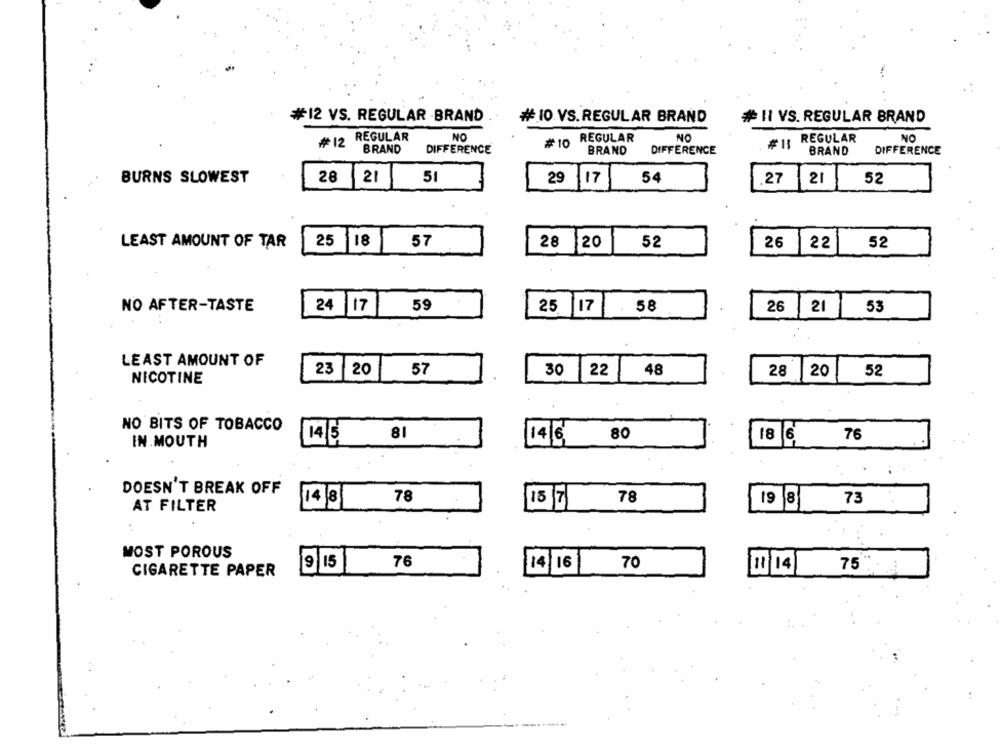
#12 VS. REGULAR -BRAND
# 10 VS. REGULAR BRAND
#11 VS. REGULAR BRAND
REGULAR
₩12
NO
REGULAR
NO
REGULAR
NO
BRAND
DIFFERENCE
#10
BRAND
DIFFERENCE
#11
BRAND
DIFFERENCE
BURNS SLOWEST
28
21
51
29
17
54
.27
21
52
LEAST AMOUNT OF TAR
25 18
57
28 20
52
26
22
52
NO AFTER-TASTE
59
58
26 , 21
53
24 17
25 17
LEAST AMOUNT OF
23 20
57
30
22
48
28
20
52
NICOTINE
NO BITS OF TOBACCO
81
80
76
14/5
14/6
18 |6
IN.MOUTH
.
DOESN'T BREAK OFF
14 |8
78
15 7
78
19 8
73
AT FILTER
MOST POROUS
9|15
76
14/16
70
11 / 14
75"
CIGARETTE PAPER